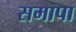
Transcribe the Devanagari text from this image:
समापा